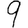
Digit: 9